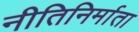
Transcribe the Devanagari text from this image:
नीतिनिर्माता